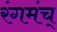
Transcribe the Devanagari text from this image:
रंगमंच्